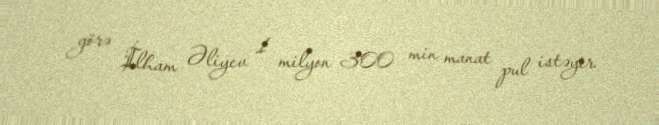
görə İlham Əliyev 1 milyon 300 min manat pul istəyir.